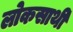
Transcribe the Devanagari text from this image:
लोकसाथी